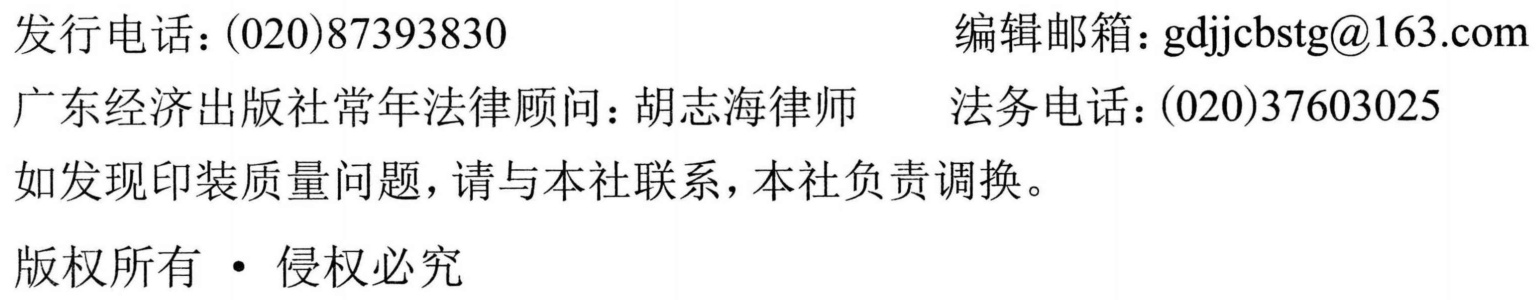
发行电话：(020)87393830
编辑邮箱：gdjjcbstg@163.com
广东经济出版社常年法律顾问：胡志海律师
法务电话：(020)37603025
如发现印装质量问题，请与本社联系，本社负责调换。
版权所有 • 侵权必究